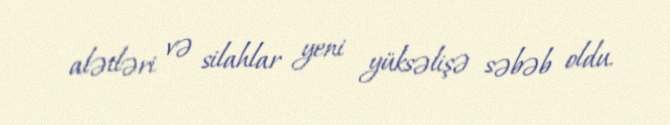
alətləri və silahlar yeni yüksəlişə səbəb oldu.